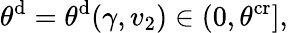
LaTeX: \theta^{\mathrm{d}}=\theta^{\mathrm{d}}(\gamma,v_{2})\in(0,\theta^{\mathrm{cr}}],